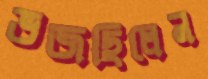
ভজছিলেন